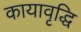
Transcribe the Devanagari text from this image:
कायावृद्धि